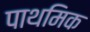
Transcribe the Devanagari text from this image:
पाथमिक